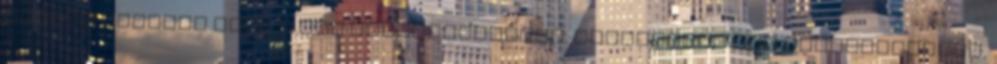
állami feladat lesz a cég finanszírozása. Iratkozzon fel hírlevelünkre,